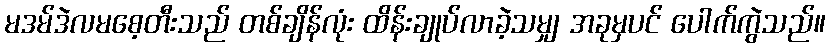
မဒမ်ဒဲလမစေ့တီးသည် တစ်ချိန်လုံး ထိန်းချုပ်လာခဲ့သမျှ အခုမှပင် ပေါက်ကွဲသည်။